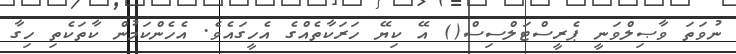
ނުވަތަ ވާޞިލްވަނީ ޕެރީސްޓަލްސިސް() އޭ ކިޔޭ ހަރަކާތެއްގެ އެހީގައެވެ. އެހެންކަމުން ކާތަކެތި ހިގާ